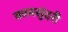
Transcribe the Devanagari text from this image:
कामसुंदरी